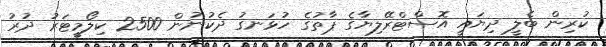
ކުރިން ބެލީ ދިޔައީ އޮސްޓްރޭލިޔާގެ ޕާތުގެ ހުޅަނގު ދެކުނުން 2500 ކިލޯމީޓަރު ދުރު